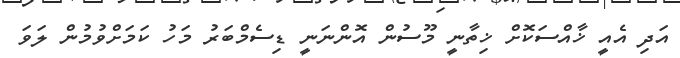
އަދި އެއީ ޚާއްސަކޮށް ޚިތާނީ މޫސުން އޮންނަނީ ޑިސެމްބަރު މަހު ކަމަށްވުމުން ލަވަ